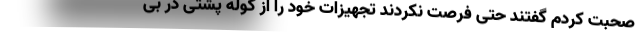
صحبت کردم گفتند حتی فرصت نکردند تجهیزات خود را از کوله پشتی در بی